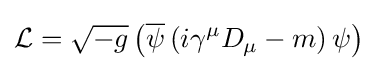
{\mathcal {L}}={\sqrt {-g}}\left({\overline {\psi }}\left(i\gamma ^{\mu }D_{\mu }-m\right)\psi \right)